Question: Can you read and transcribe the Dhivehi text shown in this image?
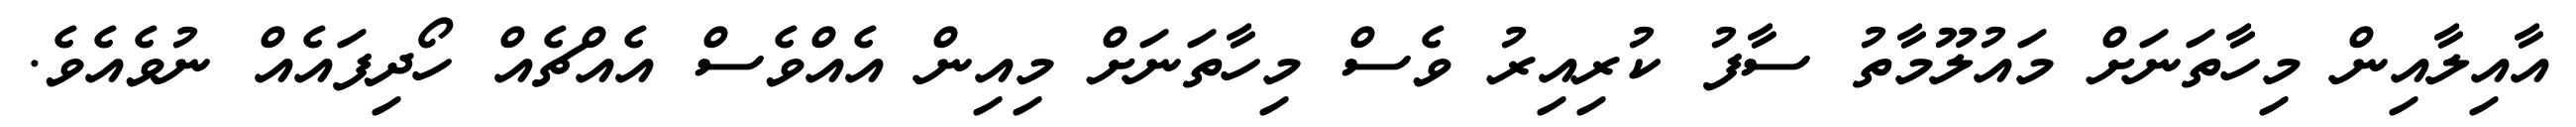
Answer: އާއިލާއިން މިހާތަނަށް މައުލޫމާތު ސާފު ކުރިއިރު ވެސް މިހާތަނަށް މިއިން އެއްވެސް އެއްޗެއް ހޯދިފައެއް ނުވެއެވެ.